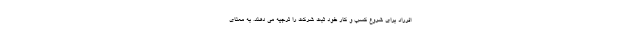
افرراد برای شروع کسب و کار خود ثبت شرکت را ترجیه می دهند. به معنای